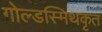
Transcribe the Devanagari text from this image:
गोल्डस्मिथकृत